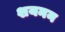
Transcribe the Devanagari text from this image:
शयनन